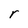
Character: r